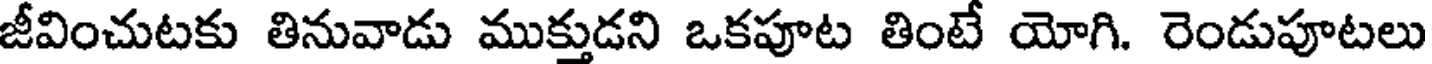
జీవించుటకు తినువాడు ముక్తుడని ఒకపూట తింటే యోగి. రెండుపూటలు